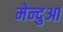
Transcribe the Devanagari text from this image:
मेन्दुआ